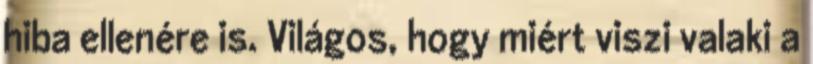
hiba ellenére is. Világos, hogy miért viszi valaki a